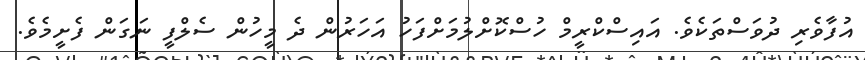
އުފާވެރި ދުވަސްތަކެވެ. އައިސްކްރީމް ހުސްކޮށްލުމަށްފަހު އަހަރުން ދެ މީހުން ސެލްފީ ނަގަން ފެށީމެވެ.